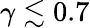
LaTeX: \gamma\lesssim 0.7